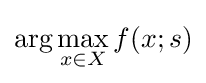
\arg \max _{x\in X}f(x;s)